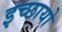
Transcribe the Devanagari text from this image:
इच्छायो